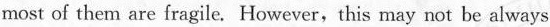
most of them are fragile. However, this may not be always